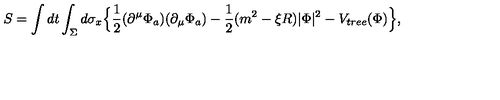
S = \int d t \int _ { \Sigma } d \sigma _ { x } \Big \lbrace \frac 1 2 ( \partial ^ { \mu } \Phi _ { a } ) ( \partial _ { \mu } \Phi _ { a } ) - \frac 1 2 ( m ^ { 2 } - \xi R ) | \Phi | ^ { 2 } - V _ { t r e e } ( \Phi ) \Big \rbrace ,